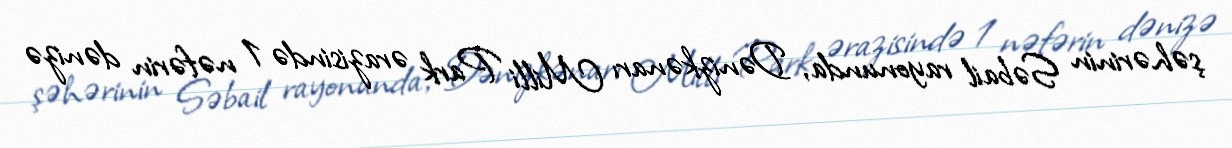
şəhərinin Səbail rayonunda, Dənizkənarı Milli Park ərazisində 1 nəfərin dənizə